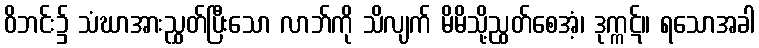
ဝိဘင်း၌ သံဃာအားညွှတ်ပြီးသော လာဘ်ကို သိလျက် မိမိသို့ညွတ်စေအံ့၊ ဒုက္ကဋ်။ ရသောအခါ